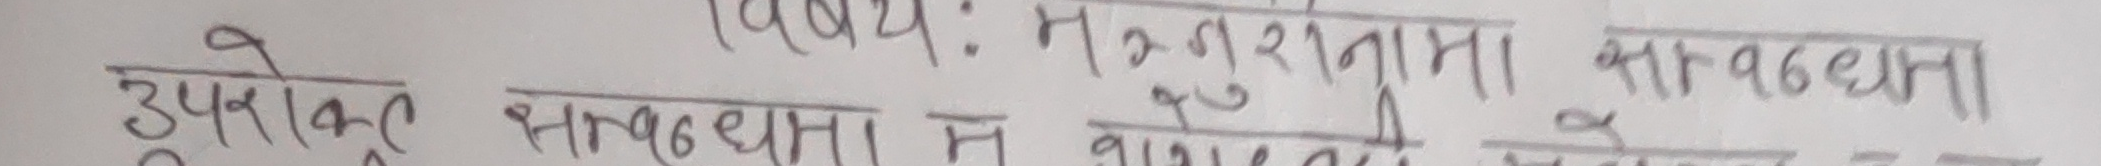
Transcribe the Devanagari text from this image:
विषयः मनुरतामा साठवधा।
उपरोक्त साठवधा म मागले